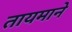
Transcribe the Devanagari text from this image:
तायमाने